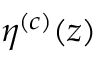
\eta ^ { ( c ) } ( z )